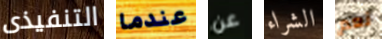
التنفيذى عندما عن الشراء نعم